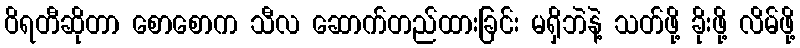
ဝိရတီဆိုတာ စောစောက သီလ ဆောက်တည်ထားခြင်း မရှိဘဲနဲ့ သတ်ဖို့ ခိုးဖို့ လိမ်ဖို့